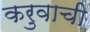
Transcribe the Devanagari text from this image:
करुवाची